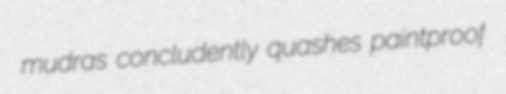
mudras concludently quashes paintproof